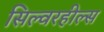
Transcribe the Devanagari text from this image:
सिल्वरहील्स